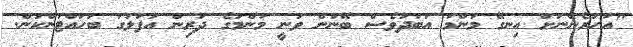
"އަހަރެންނަށް އިނގޭ މަންމަ އަބަދުވެސް ބޭނުން ވަނީ މަންމަގެ ދަރިން އުފަލުގަ ބަހައްޓަންކަން.